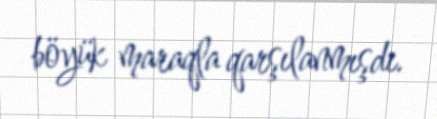
böyük maraqla qarşılanmışdı.